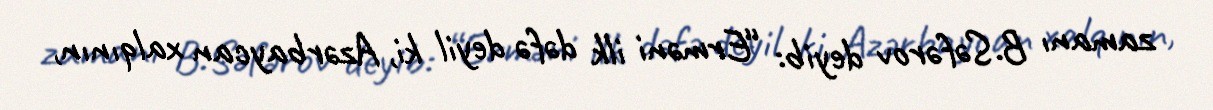
zamanı B.Səfərov deyib: “Erməni ilk dəfə deyil ki, Azərbaycan xalqının,